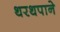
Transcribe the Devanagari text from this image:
थरथपाने